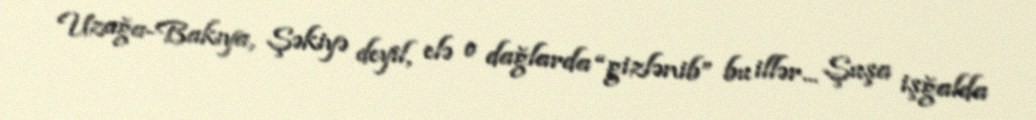
Uzağa-Bakıya, Şəkiyə deyil, elə o dağlarda “gizlənib” bu illər... Şuşa işğalda